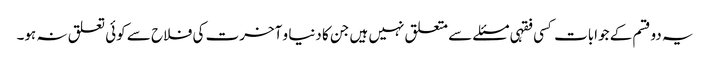
یہ دوقسم کے جوابات کسی فقہی مسئلے سے متعلق نہیں ہیں جن کا دنیا و آخرت کی فلاح سے کوئی تعلق نہ ہو۔